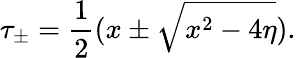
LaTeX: \tau_{\pm}={\frac{1}{2}}(x\pm\sqrt{x^{2}-4\eta}).